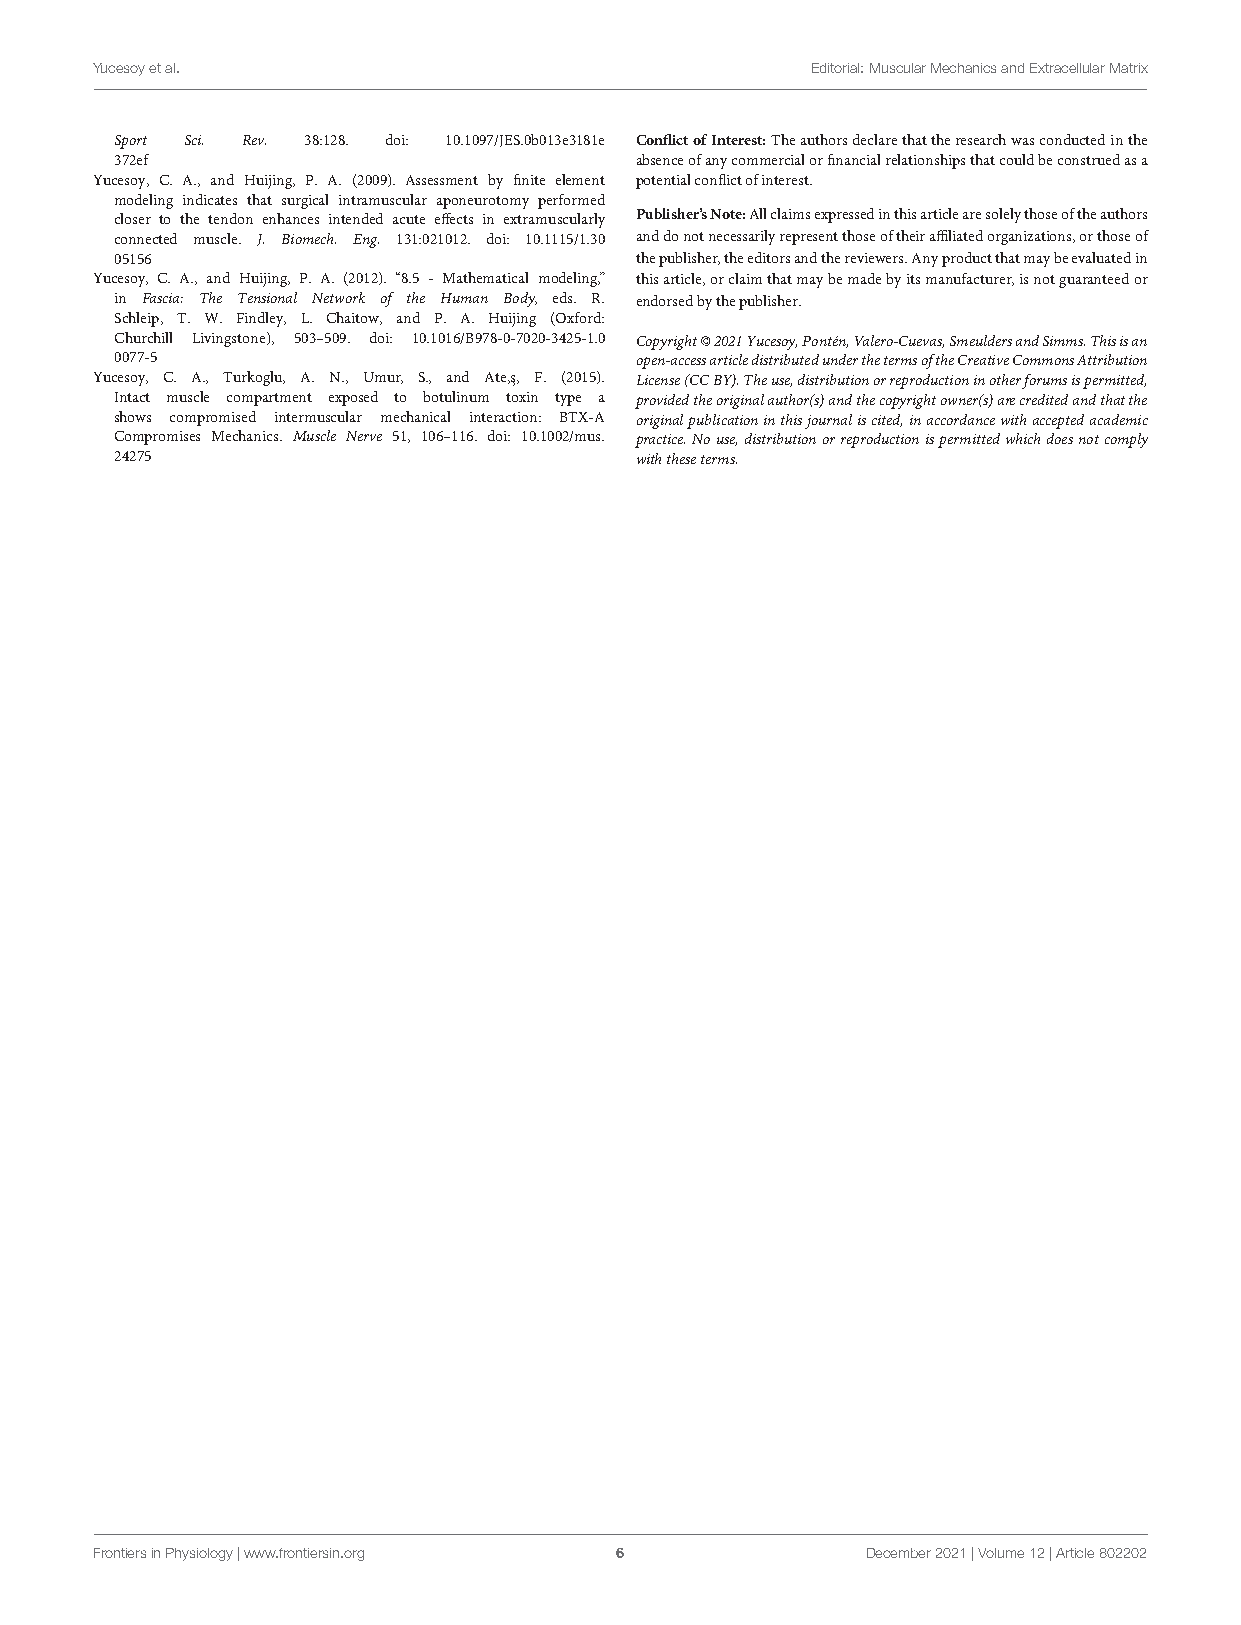
Yucesoyetal.                                    Editorial:MuscularMechanicsandExtracellularMatrix
 Sport Sci. Rev. 38:128. doi: 10.1097/JES.0b013e3181e ConflictofInterest:Theauthorsdeclarethattheresearchwasconductedinthe
 372ef                             absenceofanycommercialorfinancialrelationshipsthatcouldbeconstruedasa
 Yucesoy, C. A., and Huijing, P. A. (2009). Assessment by finite element potentialconflictofinterest.
 modeling indicates that surgical intramuscular aponeurotomy performed
 closer to the tendon enhances intended acute effects in extramuscularly Publisher’sNote:Allclaimsexpressedinthisarticlearesolelythoseoftheauthors
 connected muscle. J. Biomech. Eng. 131:021012. doi: 10.1115/1.30 anddonotnecessarilyrepresentthoseoftheiraffiliatedorganizations,orthoseof
 05156                             thepublisher,theeditorsandthereviewers.Anyproductthatmaybeevaluatedin
 Yucesoy, C. A., and Huijing, P. A. (2012). “8.5 - Mathematical modeling,” thisarticle,orclaimthatmaybemadebyitsmanufacturer,isnotguaranteedor
 in Fascia: The Tensional Network of the Human Body, eds. R. endorsedbythepublisher.
 Schleip, T. W. Findley, L. Chaitow, and P. A. Huijing (Oxford:
 Churchill Livingstone), 503–509. doi: 10.1016/B978-0-7020-3425-1.0 Copyright©2021Yucesoy,Pontén,Valero-Cuevas,SmeuldersandSimms.Thisisan
 0077-5                            open-accessarticledistributedunderthetermsoftheCreativeCommonsAttribution
 Yucesoy, C. A., Turkoglu, A. N., Umur, S., and Ate,¸s, F. (2015). License(CCBY).Theuse,distributionorreproductioninotherforumsispermitted,
 Intact muscle compartment exposed to botulinum toxin type a providedtheoriginalauthor(s)andthecopyrightowner(s)arecreditedandthatthe
 shows compromised intermuscular mechanical interaction: BTX-A originalpublicationinthisjournaliscited,inaccordancewithacceptedacademic
 Compromises Mechanics. Muscle Nerve 51, 106–116. doi: 10.1002/mus. practice.Nouse,distributionorreproductionispermittedwhichdoesnotcomply
 24275                             withtheseterms.
 FrontiersinPhysiology|www.frontiersin.org 6        December2021|Volume12|Article802202